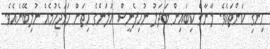
ހިނގި ކަންތަކެވެ. ލާނާގެ ކިބައިން ބަދަލު ނުހިފެނީސް އަލަންގެ ހިތަށް ހަމަޖެހުމެއް ނުލިބޭނެއެވެ.